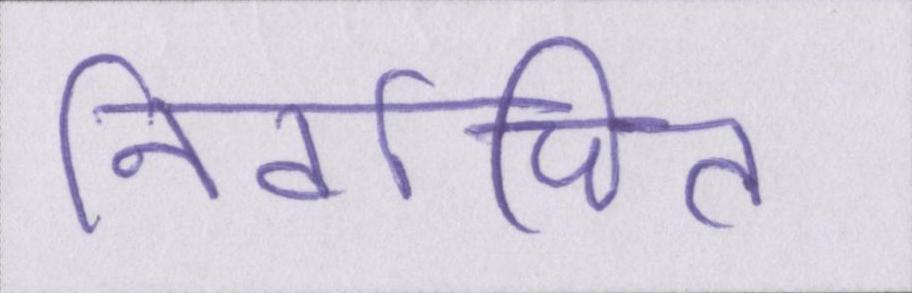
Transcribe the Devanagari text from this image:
निर्वाचित